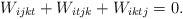
LaTeX: \begin{align*} &W_{ijkt}+W_{itjk}+W_{iktj}=0.\end{align*}